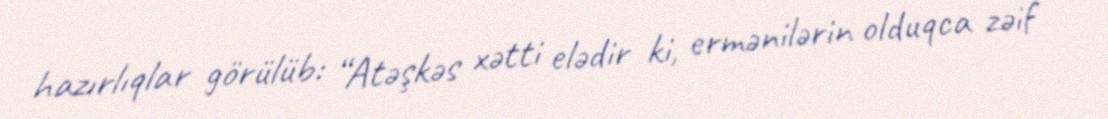
hazırlıqlar görülüb: “Atəşkəs xətti elədir ki, ermənilərin olduqca zəif